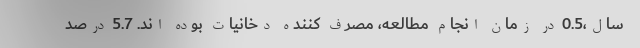
سال،0.5 در زمان انجام مطالعه، مصرف کننده دخانیات بوده اند. 5.7 درصد